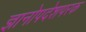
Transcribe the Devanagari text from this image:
ज्ञानोपदेशपरक